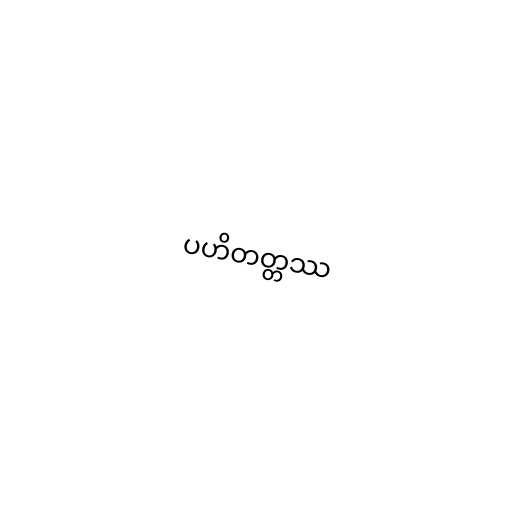
ပဟိတတ္တဿ